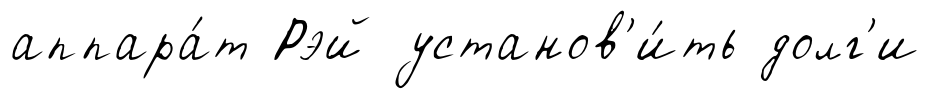
аппара́т Рэй установ'и́ть долг'и